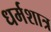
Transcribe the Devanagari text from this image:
धर्मशात्र